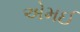
એમઈ